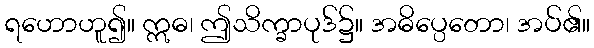
ရဟောဟူ၍။ ဣဓ၊ ဤသိက္ခာပုဒ်၌။ အဓိပ္ပေတော၊ အပ်၏။